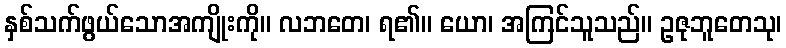
နှစ်သက်ဖွယ်သောအကျိုးကို။ လဘတေ၊ ရ၏။ ယော၊ အကြင်သူသည်။ ဥဇုဘူတေသု၊